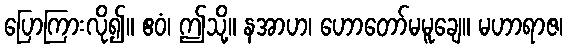
ပြောကြားလို၍။ ဧဝံ၊ ဤသို့။ နအာဟ၊ ဟောတော်မမူချေ။ မဟာရာဇ၊